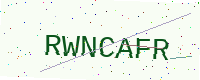
Text: RWNCAFR